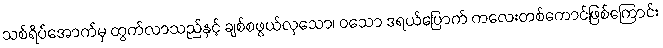
သစ်ရိပ်အောက်မှ ထွက်လာသည်နှင့် ချစ်စဖွယ်လှသော၊ ဝသော ဒရယ်ပြောက် ကလေးတစ်ကောင်ဖြစ်ကြောင်း